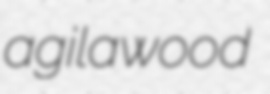
agilawood